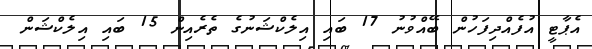
އެޕާޓީ އުފެއްދިފަހުން ބޭއްވުނު 17 ބައި އިލެކްޝަނުގެ ތެރެއިން 15 ބައި އިލެކްޝަން